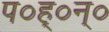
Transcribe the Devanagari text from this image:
प०ह्०न्०